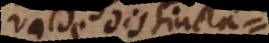
valde distincta